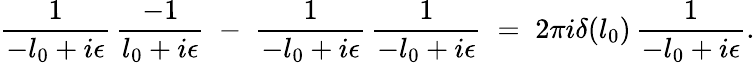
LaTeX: {\frac{1}{-l_{0}+i\epsilon}}\, {\frac{-1}{l_{0}+i\epsilon}}\; -\; {\frac{1}{-l_{0}+i\epsilon}}\, {\frac{1}{-l_{0}+i\epsilon}}\; =\; 2\pi i\delta(l_{0})\, {\frac{1}{-l_{0}+i\epsilon}}.